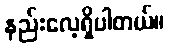
နည်းလေ့ရှိပါတယ်။